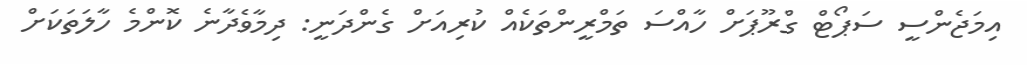
އިމަޖެންސީ ސަޕޯޓް ގްރޫޕަށް ހާއްސަ ތަމްރީންތަކެއް ކުރިއަށް ގެންދަނީ: ދިމާވެދާނެ ކޮންމެ ހާލަތަކަށް